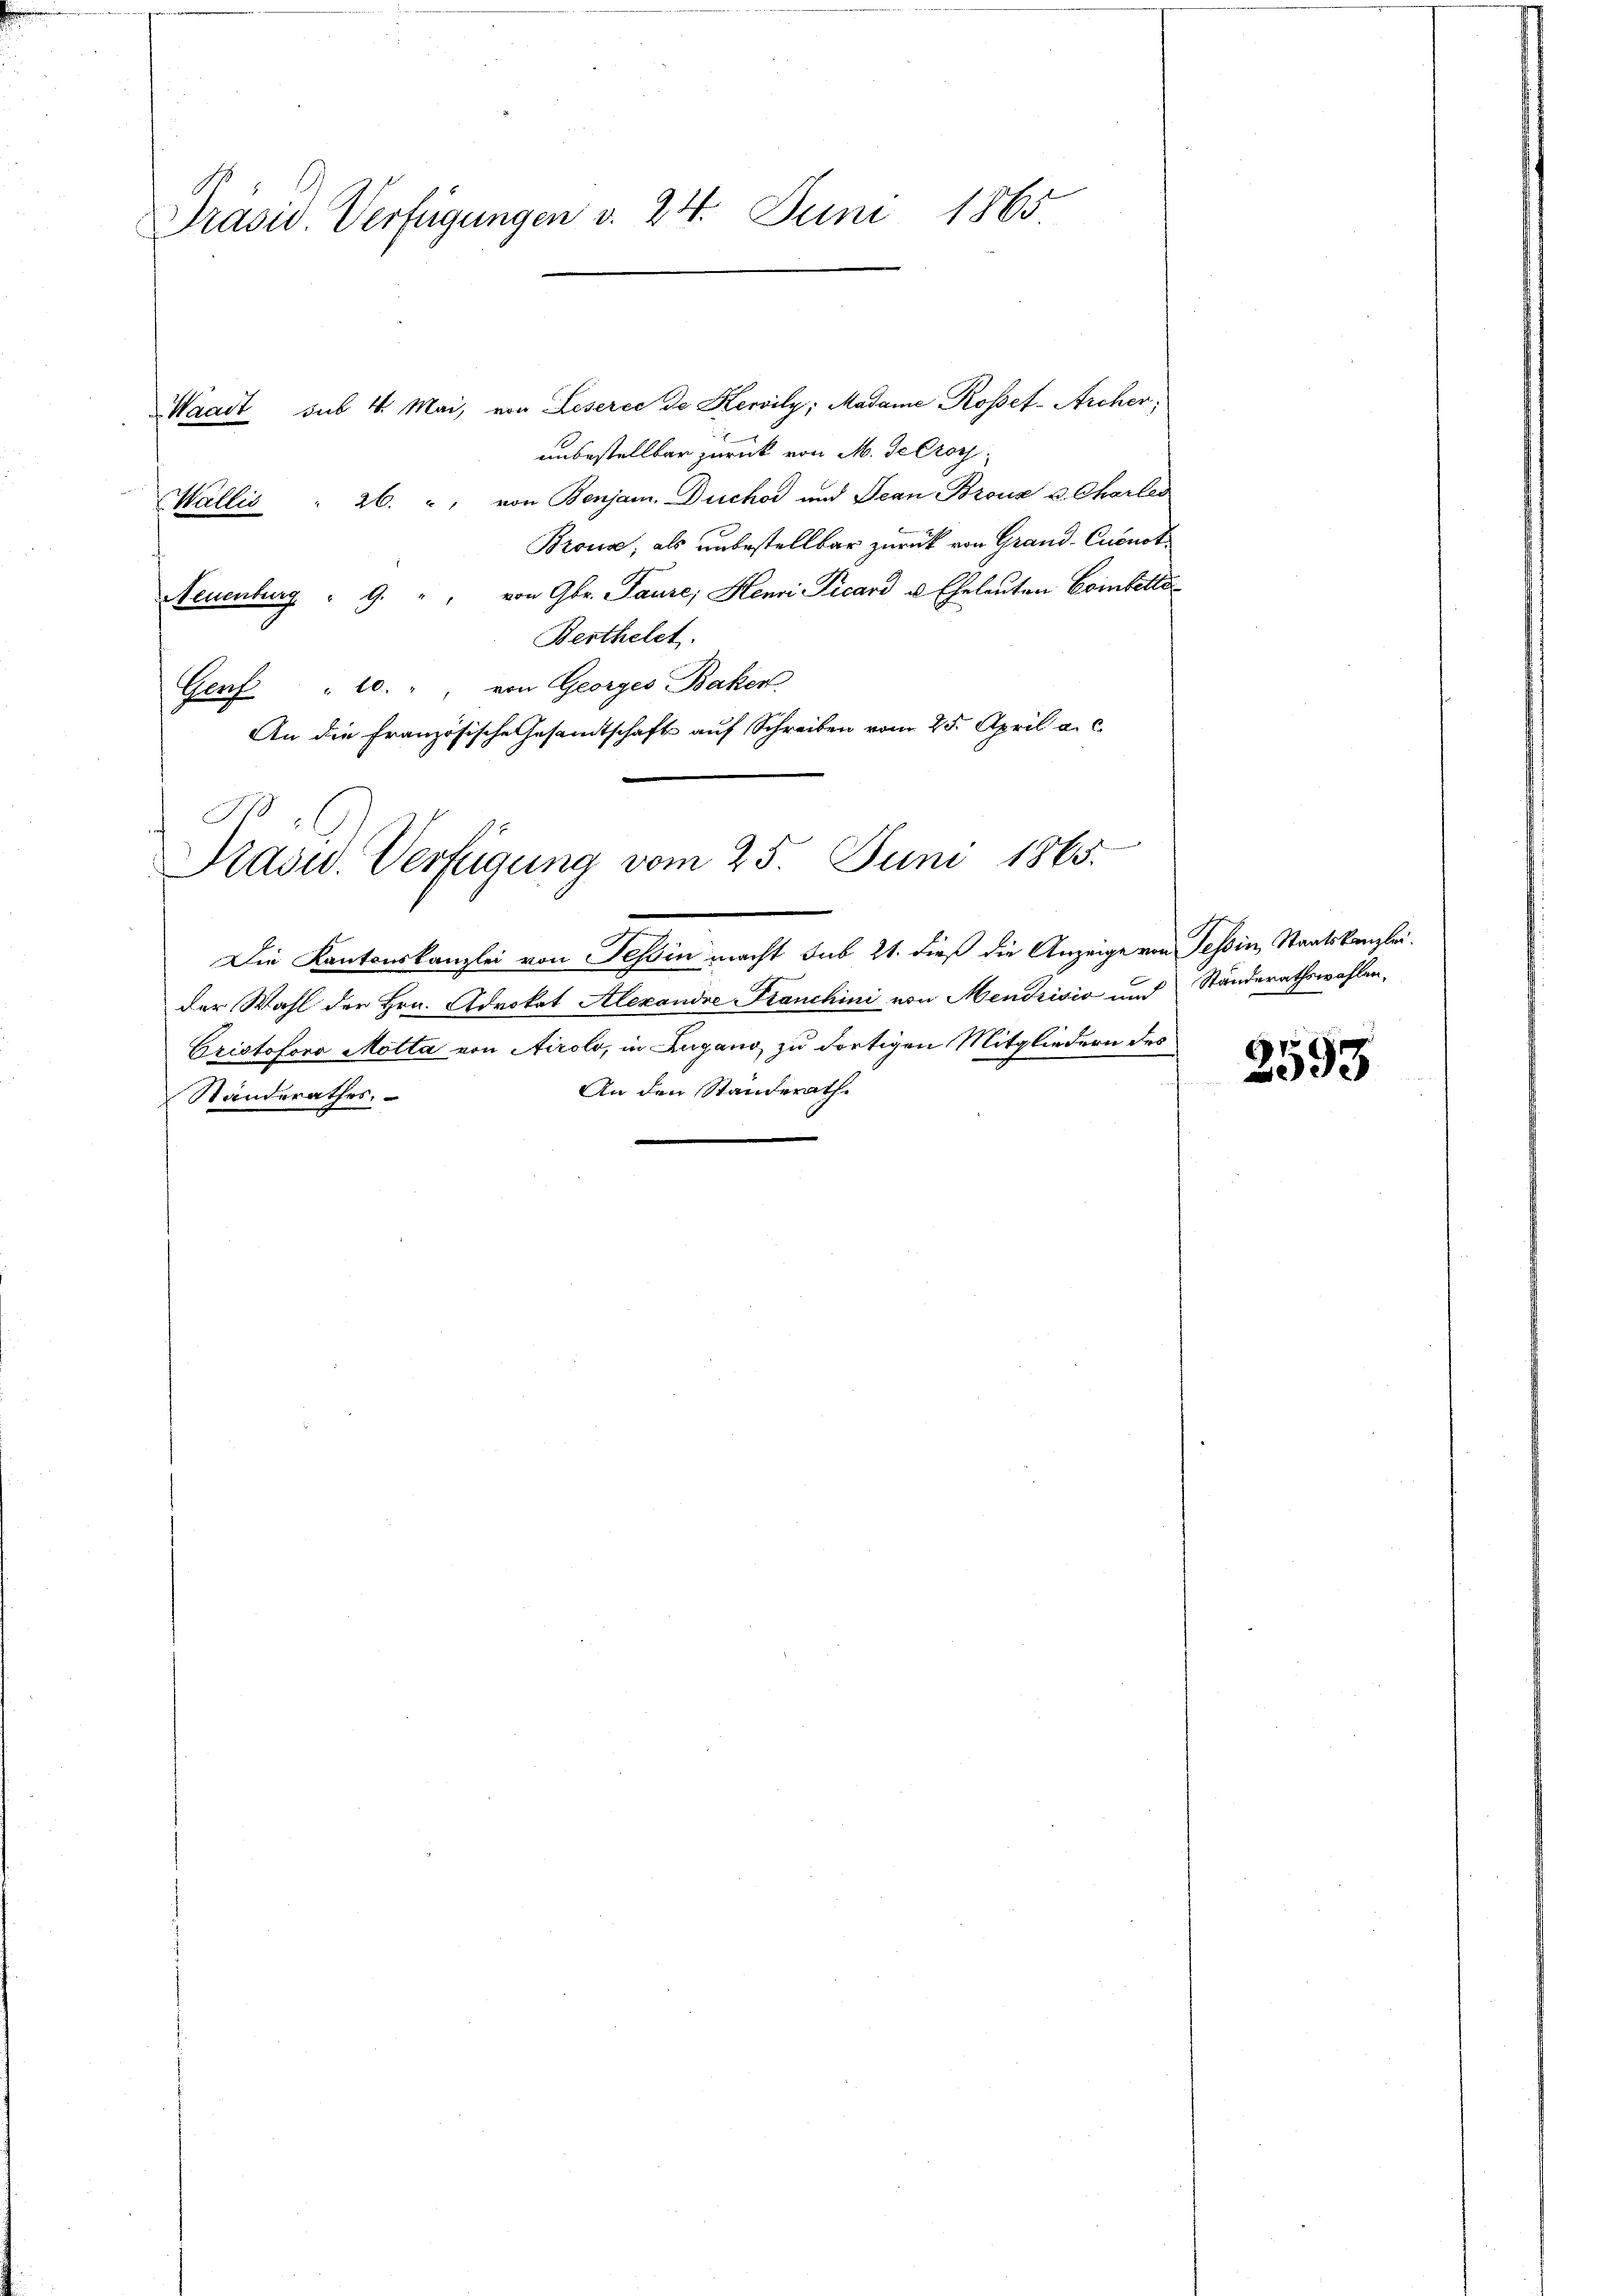
Präsid. Verfügungen v. 24. Juni 1865

Waadt sub 4. Mai, von Leserce de Kervily, Madame Rosef-Archer,
unbestellbar zurück von M. de Croth,
Wallis " 26. ", von Benjam. Duchor und Jean Bronz u. Charler
Brona, als unbestellbar zurück von Grand-Cucnot¬
Neuenburg " 9. " " von Gr. Paure; Henri Picard u. Eheleuten Combetta¬
Berthelet.
Gerf " 10. " " von Georges Backen
An die Französische Gesandtschaft auf Schreiben vom 25. April a. c.
0
men den
Prasw. Verfügung vom 25. Juni 1865.

Die Kantonskanzlei von Tessin macht sub 21. dieß die Anzeige von Tessin, Staatskanzlei.
der Wahl der Hrn. Advokat Alexandre Kranchini von Mendrisio und
Cristoforo Motta von Airolo, in Zugano, zu dortigen Mitgliedern des
An den Standerath
Standerathes.

Standerathswahlen,

2593